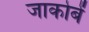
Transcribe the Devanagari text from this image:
जाकोबें